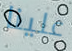
علينا